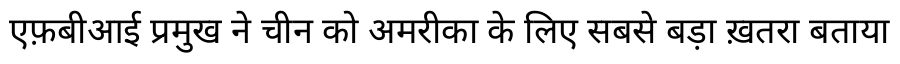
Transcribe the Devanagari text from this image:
एफ़बीआई प्रमुख ने चीन को अमरीका के लिए सबसे बड़ा ख़तरा बताया